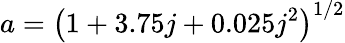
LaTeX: a=\left(1+3.75j+0.025j^{2}\right)^{1/2}